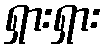
ရှားရှား